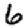
Digit: 6